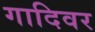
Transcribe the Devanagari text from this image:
गादिवर